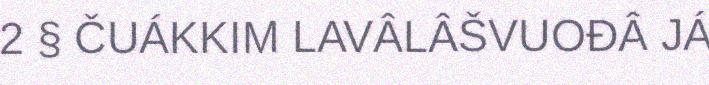
2 § ČUÁKKIM LAVÂLÂŠVUOĐÂ JÁ